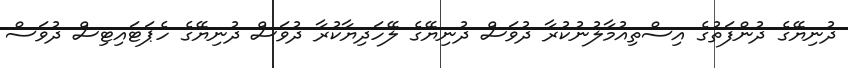
ދުނިޔޭގެ ދުންފަތުގެ އިސްތިއުމާލުނުކުރާ ދުވަސް ދުނިޔޭގެ ލޭހަދިޔާކުރާ ދުވަސް ދުނިޔޭގެ ހެޕަޓައިޓިސް ދުވަސް